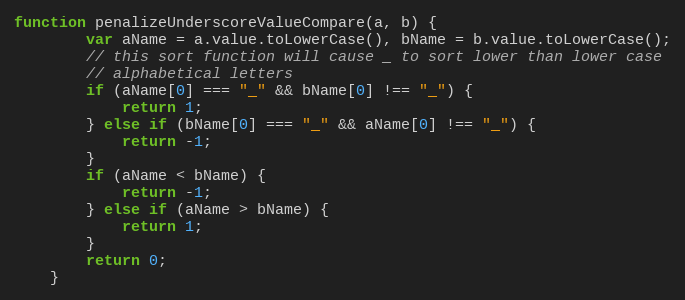
Language: JavaScript
function penalizeUnderscoreValueCompare(a, b) {
        var aName = a.value.toLowerCase(), bName = b.value.toLowerCase();
        // this sort function will cause _ to sort lower than lower case
        // alphabetical letters
        if (aName[0] === "_" && bName[0] !== "_") {
            return 1;
        } else if (bName[0] === "_" && aName[0] !== "_") {
            return -1;
        }
        if (aName < bName) {
            return -1;
        } else if (aName > bName) {
            return 1;
        }
        return 0;
    }